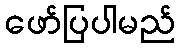
ဖော်ပြပါမည်